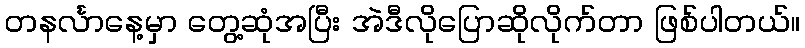
တနင်္လာနေ့မှာ တွေ့ဆုံအပြီး အဲဒီလိုပြောဆိုလိုက်တာ ဖြစ်ပါတယ်။